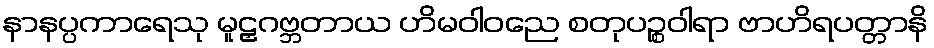
နာနပ္ပကာရေသု မူဠှဂဗ္ဘတာယ ဟိမဝါဝညေ စတုပဉ္စဝါရာ ဗာဟိရပတ္တာနိ